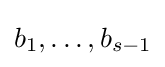
b_{1},\ldots ,b_{s-1}